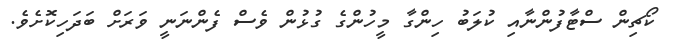
ކޯޗިން ސްޓާފުންނާއި ކުލަބު ހިންގާ މީހުންގެ ގުޅުން ވެސް ފެންނަނީ ވަރަށް ބަދަހިކޮށެވެ.